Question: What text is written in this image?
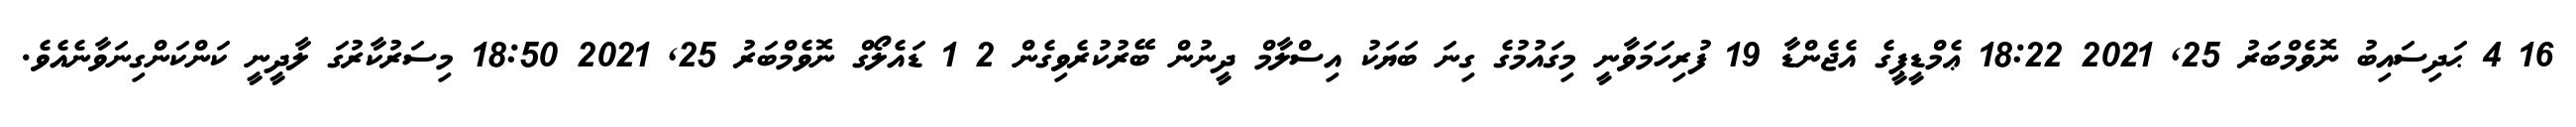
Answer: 16 4 ޙަދިސައިބު ނޮވެމްބަރު 25, 2021 18:22 ޢެމްޑީޕީގެ އެޖެންޑާ 19 ފުރިހަމަވާނީ މިގައުމުގެ ގިނަ ބަޔަކު އިސްލާމް ދީނުން ބޭރުކުރެވިގެން 2 1 ޑައެލޯގް ނޮވެމްބަރު 25, 2021 18:50 މިސަރުކާރުގަ ލާދީނީ ކަންކަންގިނަވާނެއެވެ.